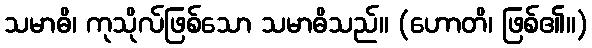
သမာဓိ၊ ကုသိုလ်ဖြစ်သော သမာဓိသည်။ (ဟောတိ၊ ဖြစ်၏။)